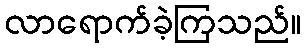
လာရောက်ခဲ့ကြသည်။